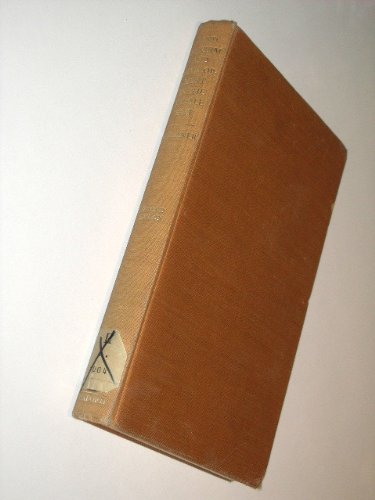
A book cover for Land reform and development in the Middle East;: A study of Egypt, Syria, and Iraq; Doreen Warriner; Travel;